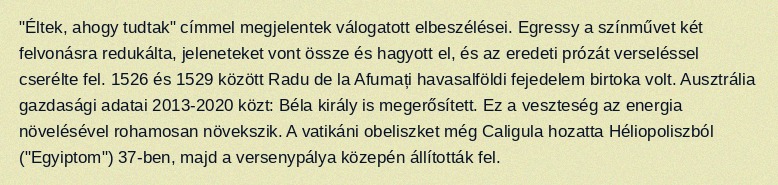
"Éltek, ahogy tudtak" címmel megjelentek válogatott elbeszélései. Egressy a színművet két felvonásra redukálta, jeleneteket vont össze és hagyott el, és az eredeti prózát verseléssel cserélte fel. 1526 és 1529 között Radu de la Afumați havasalföldi fejedelem birtoka volt. Ausztrália gazdasági adatai 2013-2020 közt: Béla király is megerősített. Ez a veszteség az energia növelésével rohamosan növekszik. A vatikáni obeliszket még Caligula hozatta Héliopoliszból ("Egyiptom") 37-ben, majd a versenypálya közepén állították fel.